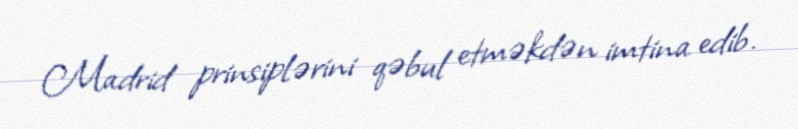
Madrid prinsiplərini qəbul etməkdən imtina edib.